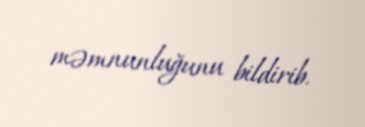
məmnunluğunu bildirib.